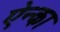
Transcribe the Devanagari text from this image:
ऐन्का